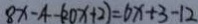
8 x - 4 - ( 2 0 x + 2 ) = 6 x + 3 - 1 2